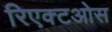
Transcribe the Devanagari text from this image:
रिएक्टओस